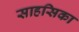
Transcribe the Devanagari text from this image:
साहसिका